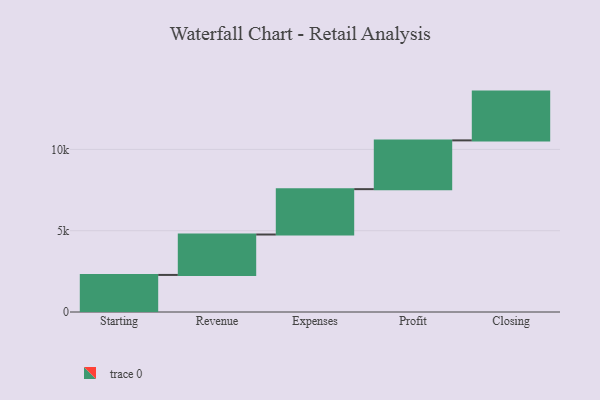
{"axis": {"x": "Step", "y": "Value"}, "legend": [""], "data": [{"x": "Starting", "y": 2280.0, "type": ""}, {"x": "Revenue", "y": 2486.0, "type": ""}, {"x": "Expenses", "y": 2790.0, "type": ""}, {"x": "Profit", "y": 3000, "type": ""}, {"x": "Closing", "y": 3000, "type": ""}]}